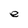
Character: e